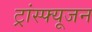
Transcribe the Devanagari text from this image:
ट्रांस्फ्यूजन